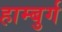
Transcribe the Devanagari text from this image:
हाम्बुर्ग